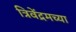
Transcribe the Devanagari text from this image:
त्रिवेंद्रमच्या